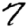
Digit: 7